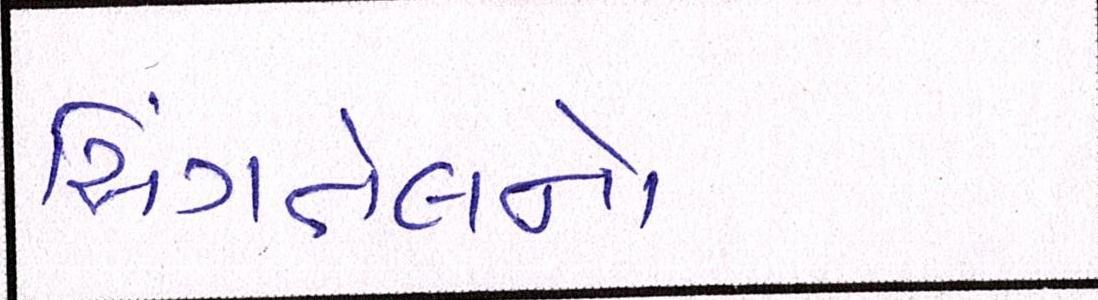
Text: સિંગતેલનો